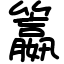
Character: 籝